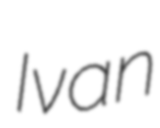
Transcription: Ivan